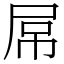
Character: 屌